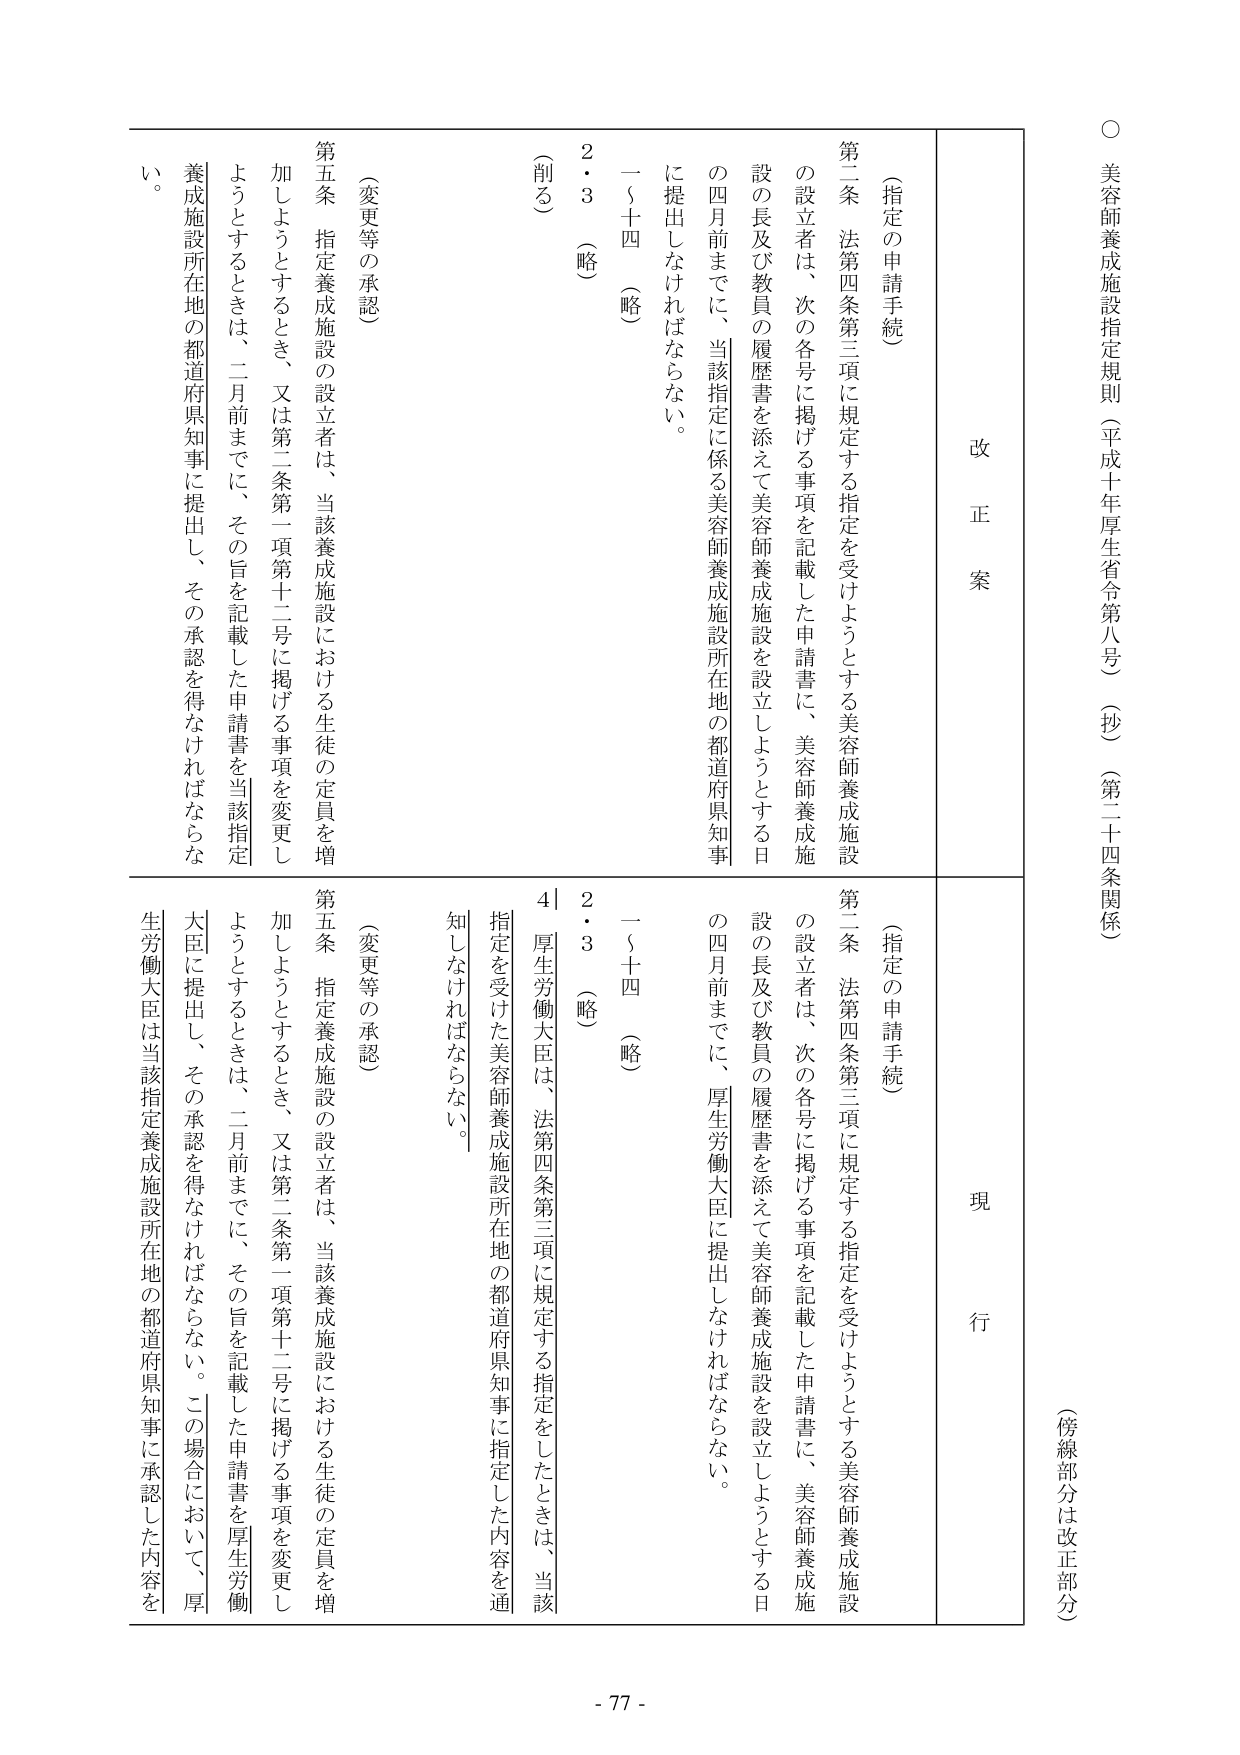
○ 美容師養成施設指定規則（平成十年厚生省令第八号）（抄）（第二十四条関係）
（傍線部分は改正部分）

改正案
現行

（指定の申請手続）
第二条 法第四条第三項に規定する指定を受けようとする美容師養成施設の設立者は、次の各号に掲げる事項を記載した申請書に、美容師養成施設の長及び教員の履歴書を添えて美容師養成施設を設立しようとする日の四月前までに、当該指定に係る美容師養成施設所在地の都道府県知事に提出しなければならない。
一～十四 （略）
2・3 （略）
（削る）

（変更等の承認）
第五条 指定養成施設の設立者は、当該養成施設における生徒の定員を増加しようとするとき、又は第二条第一項第十二号に掲げる事項を変更しようとするときは、二月前までに、その旨を記載した申請書を当該指定養成施設所在地の都道府県知事に提出し、その承認を得なければならない。

（指定の申請手続）
第二条 法第四条第三項に規定する指定を受けようとする美容師養成施設の設立者は、次の各号に掲げる事項を記載した申請書に、美容師養成施設の長及び教員の履歴書を添えて美容師養成施設を設立しようとする日の四月前までに、厚生労働大臣に提出しなければならない。
一～十四 （略）
2・3 （略）
4 厚生労働大臣は、法第四条第三項に規定する指定をしたときは、当該指定を受けた美容師養成施設所在地の都道府県知事に指定した内容を通知しなければならない。

（変更等の承認）
第五条 指定養成施設の設立者は、当該養成施設における生徒の定員を増加しようとするとき、又は第二条第一項第十二号に掲げる事項を変更しようとするときは、二月前までに、その旨を記載した申請書を厚生労働大臣に提出し、その承認を得なければならない。この場合において、厚生労働大臣は当該指定養成施設所在地の都道府県知事に承認した内容を

- 77 -